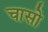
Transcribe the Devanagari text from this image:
चासो